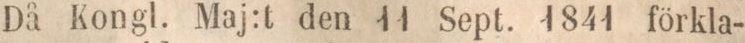
Då Kongl. Maj:t den 11 Sept. 1841 förkla-